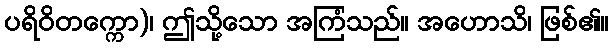
ပရိဝိတက္ကော)၊ ဤသို့သော အကြံသည်။ အဟောသိ၊ ဖြစ်၏။